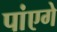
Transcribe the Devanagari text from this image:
पांएगे